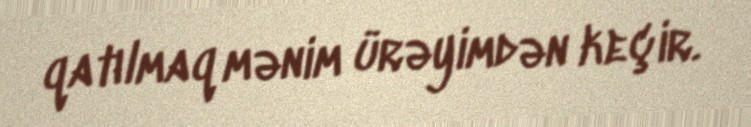
qatılmaq mənim ürəyimdən keçir.